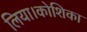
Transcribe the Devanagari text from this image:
लिया।कोशिका